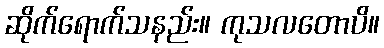
ဆိုက်ရောက်သနည်း။ ကုသလတောပိ။